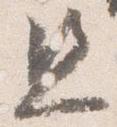
且